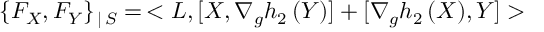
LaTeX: \{ F _ { X } , F _ { Y } \} _ { \, | \, { \cal S } } = \, < L , [ X , \nabla _ { g } h _ { 2 } \, ( Y ) ] + [ \nabla _ { g } h _ { 2 } \, ( X ) , Y ] >